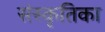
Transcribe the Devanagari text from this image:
संस्कृतिका